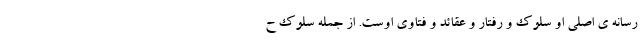
رسانه ی اصلی او سلوک و رفتار و عقائد و فتاوی اوست. از جمله سلوک ح